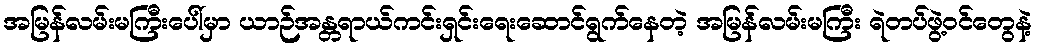
အမြန်လမ်းမကြီးပေါ်မှာ ယာဉ်အန္တရာယ်ကင်းရှင်းရေးဆောင်ရွက်နေတဲ့ အမြန်လမ်းမကြီး ရဲတပ်ဖွဲ့ဝင်တွေနဲ့